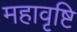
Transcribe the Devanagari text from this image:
महावृष्टि